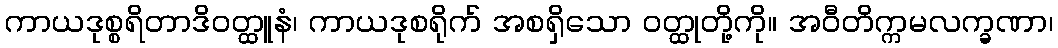
ကာယဒုစ္စရိတာဒိဝတ္ထူနံ၊ ကာယဒုစရိုက် အစရှိသော ဝတ္ထုတို့ကို။ အဝီတိက္ကမလက္ခဏာ၊